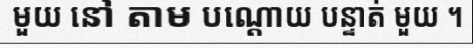
មួយ នៅ តាម បណ្តោយ បន្ទាត់ មួយ ។